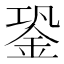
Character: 銎